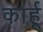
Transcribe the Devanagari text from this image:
कार्हू